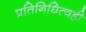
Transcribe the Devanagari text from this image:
प्रतिनिधित्वही